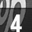
Digit: 4